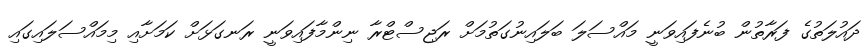
ދައުލަތުގެ ފަރާތުން ބުނެފައިވަނީ މައްސަލަ ބަލައިނުގަތުމަށް ރަޖިސްޓްރާ ނިންމާފައިވަނީ ރަނގަޅަށް ކަމަށާއި މިމައްސަލައިގައި